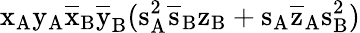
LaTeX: \mathrm{x_{A}\mathrm{y_{A}\mathrm{\overline{{x}}_{B}\mathrm{\overline{{y}}_{B}(\mathrm{s_{A}^{2}\mathrm{\overline{{s}}_{B}\mathrm{z_{B}+\mathrm{s_{A}\mathrm{\overline{{z}}_{A}\mathrm{s_{B}^{2})}}}}}}}}}}